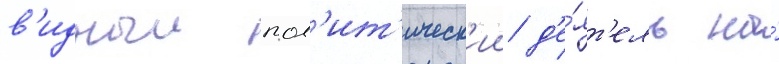
в'идныи пол'ит'ическ'ии д'е́ят'ель на́